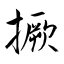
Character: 撅